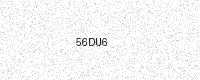
Text: 56DU6